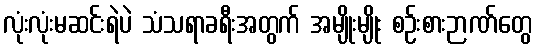
လုံးလုံးမဆင်းရဲပဲ သံသရာခရီးအတွက် အမျိုးမျိုး စဉ်းစားဉာဏ်တွေ